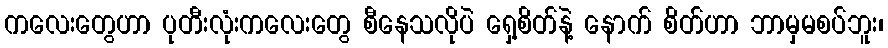
ကလေးတွေဟာ ပုတီးလုံးကလေးတွေ စီနေသလိုပဲ ရှေ့စိတ်နဲ့ နောက် စိတ်ဟာ ဘာမှမစပ်ဘူး၊